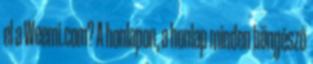
el a Weemi.com? A honlapon, a honlap minden böngésző